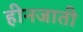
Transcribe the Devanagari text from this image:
हीनजाती